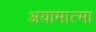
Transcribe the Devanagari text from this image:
अयामात्मा